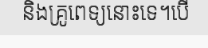
និងគ្រូពេទ្យនោះទេ។បើ